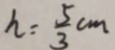
h = \frac { 5 } { 3 } c m